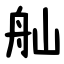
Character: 舢